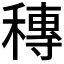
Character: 𥡵